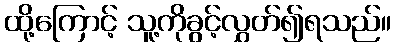
ထို့ကြောင့် သူ့ကိုခွင့်လွှတ်၍ရသည်။